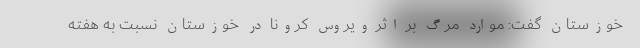
خوزستان گفت: موارد مرگ بر اثر ویروس کرونا در خوزستان نسبت به هفته